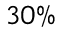
3 0 \%